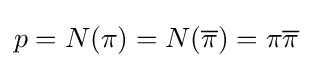
p=N(\pi )=N({\overline {\pi }})=\pi {\overline {\pi }}